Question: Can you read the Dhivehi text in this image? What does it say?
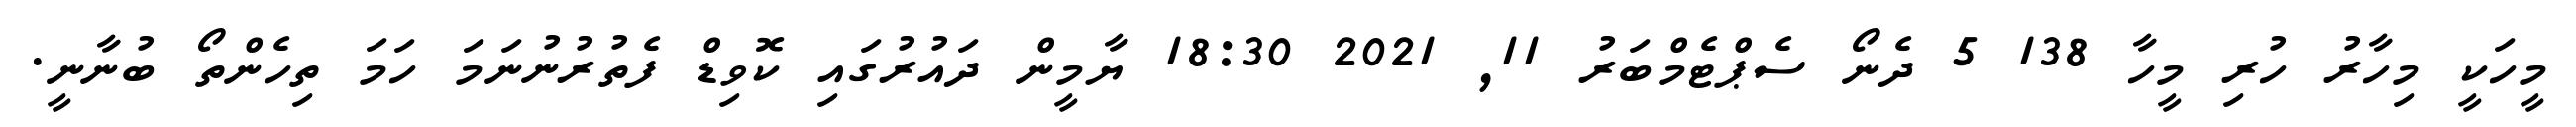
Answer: މީހަކީ މިހާރު ހުރި މީހާ 138 5 ދެނޯ ސެޕްޓެމްބަރު 11, 2021 18:30 ޔާމީން ދައުރުގައި ކޮވިޑް ފެތުރުނުނަމަ ހަމަ ތިހެންތޯ ބުނާނީ.